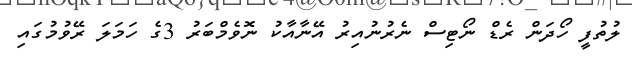
ލުތުފީ ހޯދަން ރެޑް ނޯޓިސް ނެރުނުއިރު އޭނާއާކު ނޮވެމްބަރު 3ގެ ހަމަލަ ރޭވުމުގައި